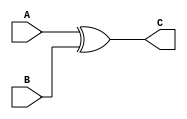
`timescale 1ns / 1ps
//////////////////////////////////////////////////////////////////////////////////
// Company: 
// Engineer: 
// 
// Design Name: 
// Module Name: XOR
// Project Name: 
// Target Devices: 
// Tool Versions: 
// Description: 
// 
// Dependencies: 
// 
// Revision:
// Revision 0.01 - File Created
// Additional Comments:
// 
//////////////////////////////////////////////////////////////////////////////////


module XOR(
 input A,
 input B, 
 output C
    );
    
    xor (C, A, B );
endmodule